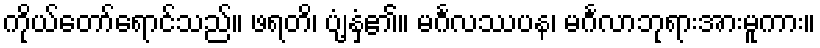
ကိုယ်တော်ရောင်သည်။ ဖရတိ၊ ပျံ့နှံ့၏။ မင်္ဂလဿပန၊ မင်္ဂလာဘုရားအားမူကား။